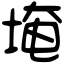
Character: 埯